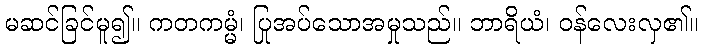
မဆင်ခြင်မူ၍။ ကတကမ္မံ၊ ပြုအပ်သောအမှုသည်။ ဘာရိယံ၊ ဝန်လေးလှ၏။